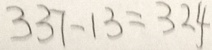
3 3 7 - 1 3 = 3 2 4